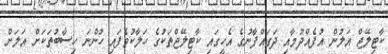
ކާޓިލޭޖް އަލުން އުފެއްދުމާއި ދަގައްފާނުގެ އެހީގައި ކާޓިލޭޖްތަކުގެ ހަލާކުވެފައި ހުންނަ ހިސާބުތަކަށް އަލަށް